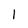
Character: 1